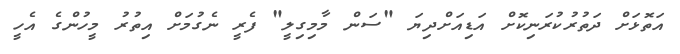
އަތޮޅަށް ދަތުރުކުރަނިކޮށް އަޑިއަށްދިޔަ "ސަން މާމިގިލީ" ފެރީ ނެގުމަށް އިތުރު މީހުންގެ އެހީ